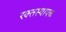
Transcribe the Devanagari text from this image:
रक्तस्थापक